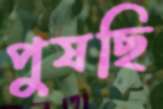
পুষছি